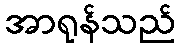
အာရုန်သည်